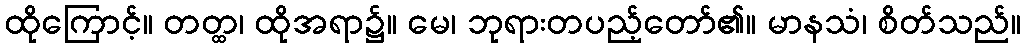
ထိုကြောင့်။ တတ္ထ၊ ထိုအရာ၌။ မေ၊ ဘုရားတပည့်တော်၏။ မာနသံ၊ စိတ်သည်။